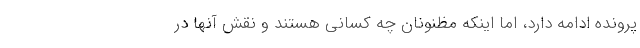
پرونده ادامه دارد، اما اینکه مظنونان چه کسانی هستند و نقش آنها در